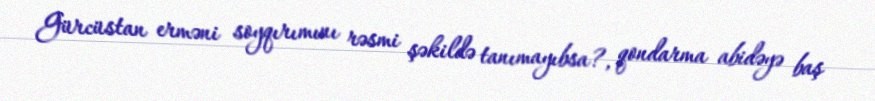
Gürcüstan erməni soyqırımını rəsmi şəkildə tanımayıbsa?, qondarma abidəyə baş